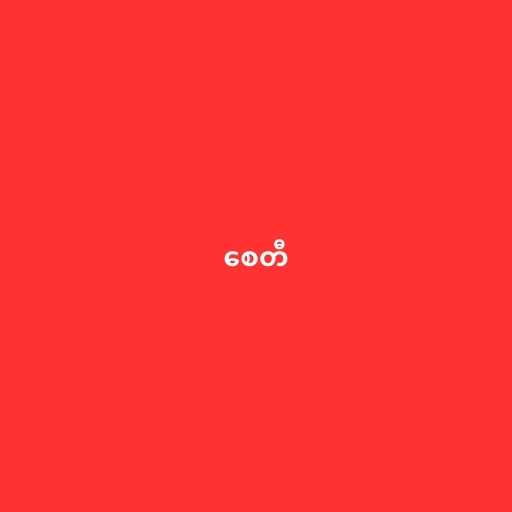
စေတီ